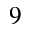
9